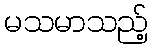
မသမာသည့်